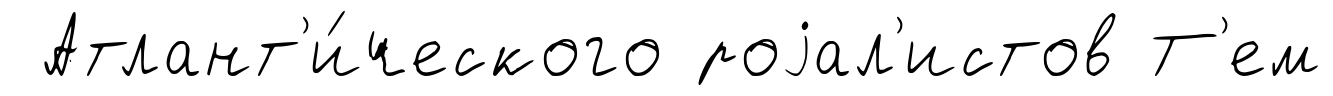
Атлант'и́ческого роjал'истов Т'ем